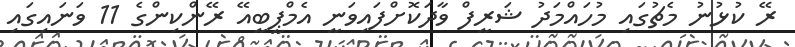
ރޭ ކުޅުނު މެޗުގައި މުހައްމަދު ޝަރީފް ވާދަކޮށްފައިވަނީ އެމްޕީބީއޭ ރޭންކިންގެ 11 ވަނައިގައި